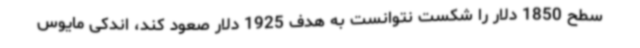
سطح 1850 دلار را شکست نتوانست به هدف 1925 دلار صعود کند، اندکی مایوس